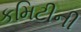
કમિટીની